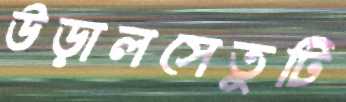
উড়ালসেতুটি